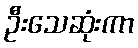
ဦးသေဆုံးကာ